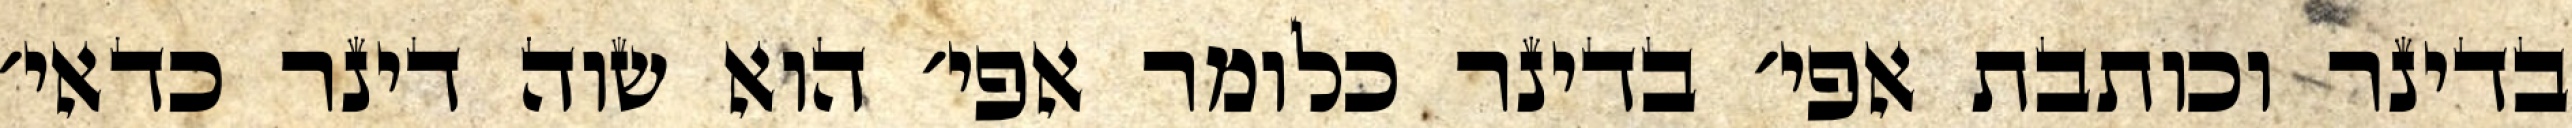
בדינר וכותבת אפי׳ בדינר כלומר אפי׳ הוא שוה דינר כדאי׳